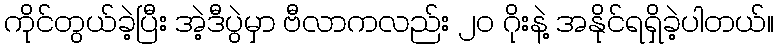
ကိုင်တွယ်ခဲ့ပြီး အဲ့ဒီပွဲမှာ ဗီလာကလည်း ၂၀ ဂိုးနဲ့ အနိုင်ရရှိခဲ့ပါတယ်။